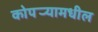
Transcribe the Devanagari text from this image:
कोपर्‍यामधील